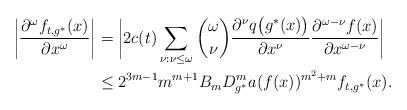
LaTeX: \begin{align*}\biggl| \frac{\partial^{\omega}f_{t,g^*}(x)}{\partial x^{\omega}}\biggr| &= \biggl| 2c(t) \sum_{\nu : \nu \leq \omega} \binom{\omega}{\nu} \frac{\partial^\nu q\bigl(g^*(x)\bigr)}{\partial x^\nu} \frac{\partial^{\omega-\nu} f(x)}{\partial x^{\omega-\nu}} \biggr| \\&\leq 2^{3m-1}m^{m+1} B_m D_{g^*}^m a(f(x))^{m^2+m} f_{t,g^*}(x).\end{align*}